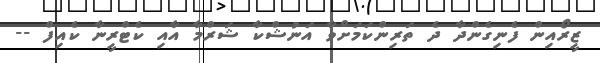
ޒީރޯއިން ފެނިގެންދާ ދެ ތަރިންކަމަށްވާ އަނުޝްކާ ޝަރްމާ އާއި ކެޓްރީނާ ކެއިފް --